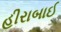
હીરાબાઈ